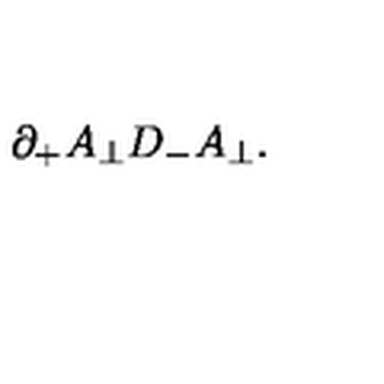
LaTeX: \partial _ { + } A _ { \perp } D _ { - } A _ { \perp } .